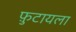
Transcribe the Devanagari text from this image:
फ़ुटायला